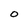
Character: O